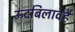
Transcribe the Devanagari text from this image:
ऊदबिलावहै